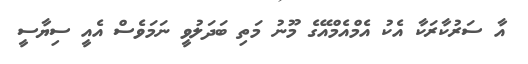
އާ ސަރުކާރަކާ އެކު އެމްއެމްއޭގެ މޫނު މަތި ބަދަލުވީ ނަމަވެސް އެއީ ސިޔާސީ